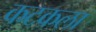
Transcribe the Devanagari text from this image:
कटकला